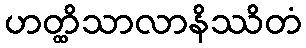
ဟတ္ထိသာလာနိဿိတံ